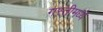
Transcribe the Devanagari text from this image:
गस्तीमध्ये